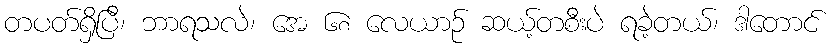
တပတ်ရှိပြီ၊ ဘာရသလဲ၊ အေ ၆၈ လေယာဉ် ဆယ့်တစီးပဲ ရခဲ့တယ်၊ ဒါတောင်